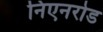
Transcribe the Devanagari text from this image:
निएनरोड